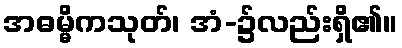
အဓမ္မိကသုတ်၊ အံ-၌လည်းရှိ၏။